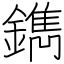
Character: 鐫